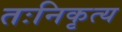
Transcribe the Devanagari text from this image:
तःनिकृत्य